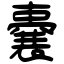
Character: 嚢